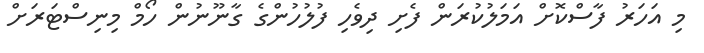
މި އަހަރު ފާސްކޮށްް އަމަލުކުރަން ފެށި ދިވެހި ފުލުހުންގެ ގާނޫނުން ހޯމް މިނިސްޓަރަށް